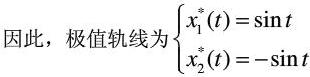
因此，极值轨线为$\begin{cases}x_{1}^{*}(t)=\sin t\\x_{2}^{*}(t)=-\sin t\end{cases}$